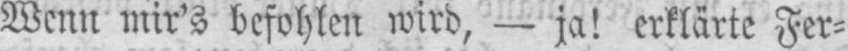
Wenn mir’s befohlen wird, - ja! erklärte Fer⸗